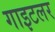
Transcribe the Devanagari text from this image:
गाइटलर